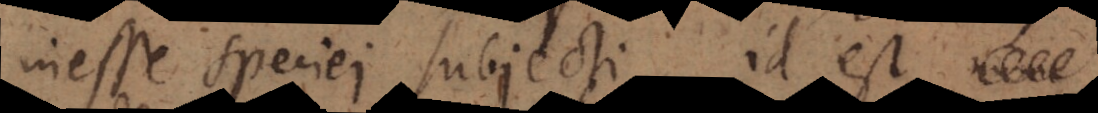
inesse speciei subjecti, id est